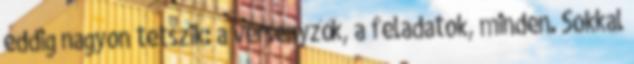
eddig nagyon tetszik: a versenyzők, a feladatok, minden. Sokkal